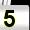
Digit: 5